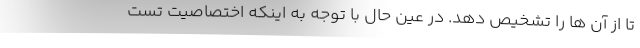
تا از آن ها را تشخیص دهد. در عین حال با توجه به اینکه اختصاصیت تست